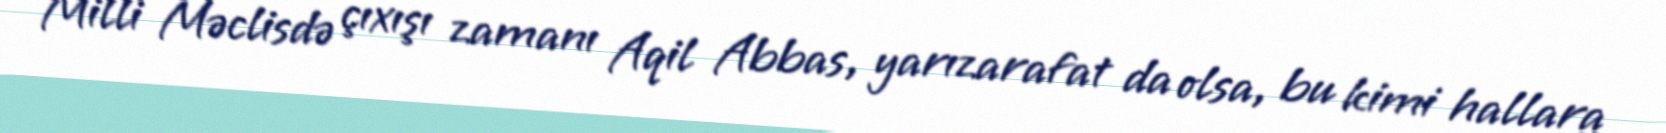
Milli Məclisdə çıxışı zamanı Aqil Abbas, yarızarafat da olsa, bu kimi hallara